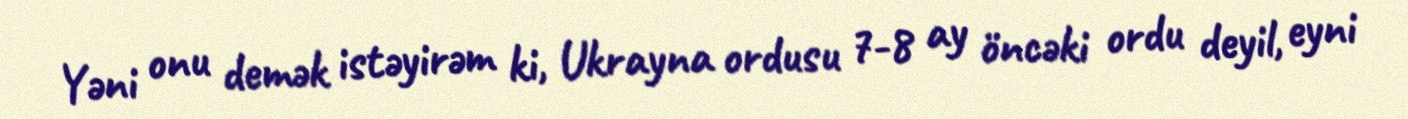
Yəni onu demək istəyirəm ki, Ukrayna ordusu 7-8 ay öncəki ordu deyil, eyni